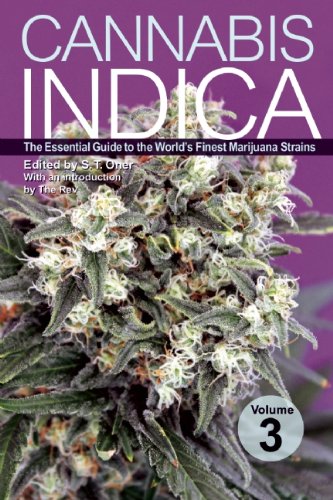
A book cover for Cannabis Indica Volume 3: The Essential Guide to the World's Finest Marijuana Strains; Crafts, Hobbies & Home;